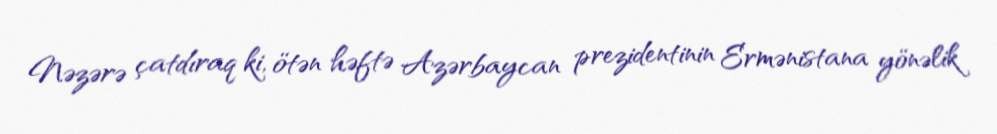
Nəzərə çatdıraq ki, ötən həftə Azərbaycan prezidentinin Ermənistana yönəlik